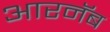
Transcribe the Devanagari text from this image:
आरनॅब